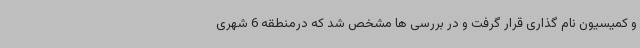
و کمیسیون نام گذاری قرار گرفت و در بررسی ها مشخص شد که درمنطقه 6 شهری